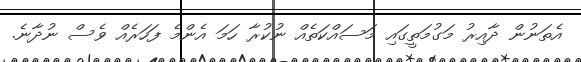
އެތަނުން ދާއިރު މަގުމަތީގައި މަސައްކަތެއް ނުކުރާ ހަމަ އެންމެ ފަހަރެއް ވެސް ނުދާނެ.